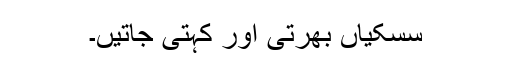
سسکیاں بھرتی اور کہتی جاتیں۔